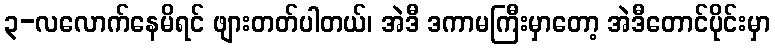
၃-လလောက်နေမိရင် ဖျားတတ်ပါတယ်၊ အဲဒီ ဒကာမကြီးမှာတော့ အဲဒီတောင်ပိုင်းမှာ